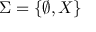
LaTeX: \Sigma = \{ \emptyset , X \}